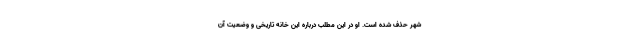
شهر حذف شده است. او در این مطلب درباره‌ این خانه تاریخی و وضعیت آن